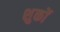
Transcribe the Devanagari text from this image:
शुकों